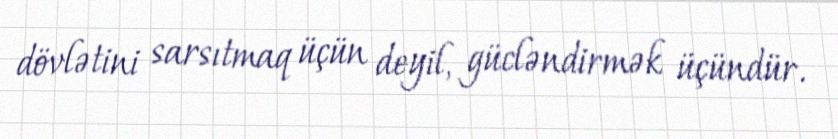
dövlətini sarsıtmaq üçün deyil, gücləndirmək üçündür.